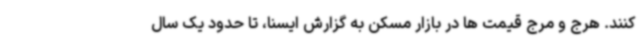
کنند. هرج و مرج قیمت ها در بازار مسکن به گزارش ایسنا، تا حدود یک سال